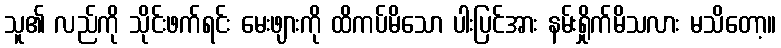
သူ၏ လည်ကို သိုင်းဖက်ရင်း မေးဖျားကို ထိကပ်မိသော ပါးပြင်အား နမ်းရှိုက်မိသလား မသိတော့။